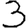
Digit: 3